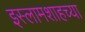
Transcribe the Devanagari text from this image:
इस्लामशाहच्या